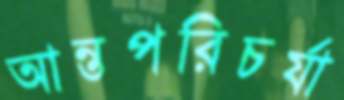
আন্তপরিচর্যা